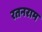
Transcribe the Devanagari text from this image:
रतनराम